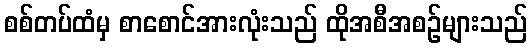
စစ်တပ်ထံမှ စာစောင်အားလုံးသည် ထိုအစီအစဉ်များသည်